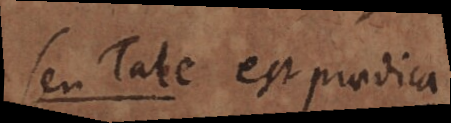
seu Tale est praedica